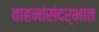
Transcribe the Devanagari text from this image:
वाहनांसंदर्भात